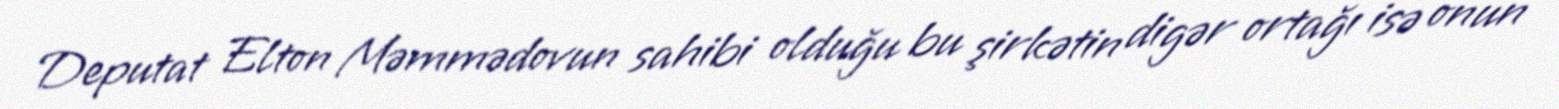
Deputat Elton Məmmədovun sahibi olduğu bu şirkətin digər ortağı isə onun